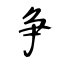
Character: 争